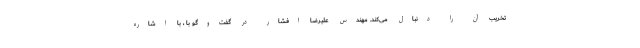
تخریب آن را دنبال می‌کند. مهندس علیرضا افشار در گفت‌وگو با ، با اشاره